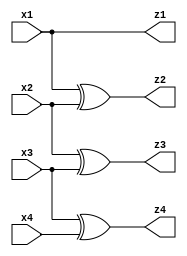
module bin_to_gray_structural (x1, x2, x3, x4, z1, z2 ,z3, z4);

input x1, x2, x3, x4;
output z1, z2, z3, z4;

buf inst1 (z1,x1);
xor inst2 (z2, x1, x2);
xor inst3 (z3, x2, x3);
xor inst4 (z4, x3, x4);

endmodule